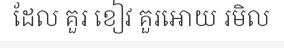
ដែល គួរ ខៀវ គួរអោយ រមិល